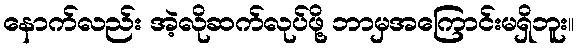
နောက်လည်း အဲ့လိုဆက်လုပ်ဖို့ ဘာမှအကြောင်းမရှိဘူး။